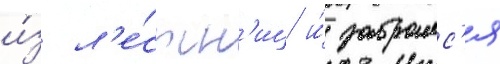
и́з л'е́стн'иц и́ забралс'я